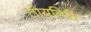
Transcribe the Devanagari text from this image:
तोयनिधि